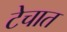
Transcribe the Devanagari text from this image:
टेचात